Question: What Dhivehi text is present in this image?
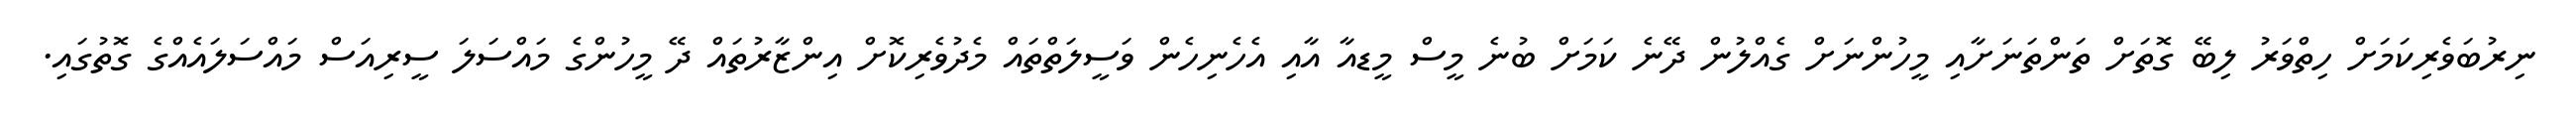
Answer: ނިރުބަވެރިކަމަށް ހިތްވަރު ލިބޭ ގޮތަށް ތަންތަނަށާއި މީހުންނަށް ގެއްލުން ދޭނެ ކަމަށް ބުނެ މީސް މީޑއާ އާއި އެހެނިހެން ވަސީލަތްތައް މެދުވެރިކޮށް އިންޒާރުތައް ދޭ މީހުންގެ މައްސަލަ ސީރިއަސް މައްސަލައެއްގެ ގޮތުގައި.